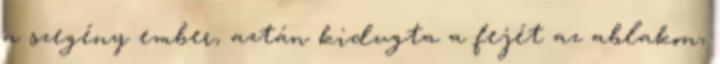
a szegény ember, aztán kidugta a fejét az ablakon,